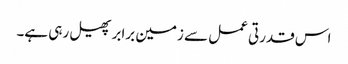
اس قدرتی عمل سے زمین برابر پھیل رہی ہے۔